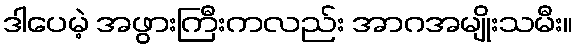
ဒါပေမဲ့ အဖွားကြီးကလည်း အာဂအမျိုးသမီး။